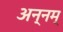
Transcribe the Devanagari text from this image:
अन्नम्